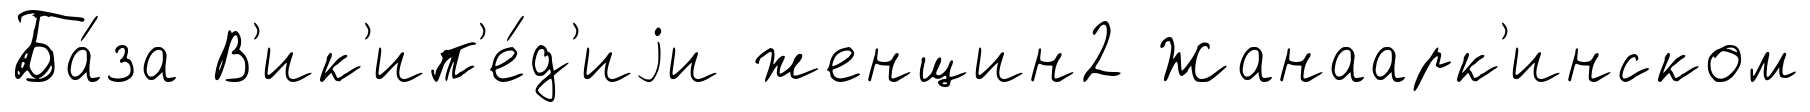
Ба́за В'ик'ип'е́д'иjи женщин2 Жанаарк'инском